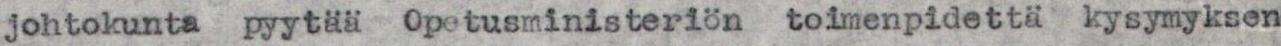
johtokunta pyytää Opetusministeriön toimenpidettä kysymyksen